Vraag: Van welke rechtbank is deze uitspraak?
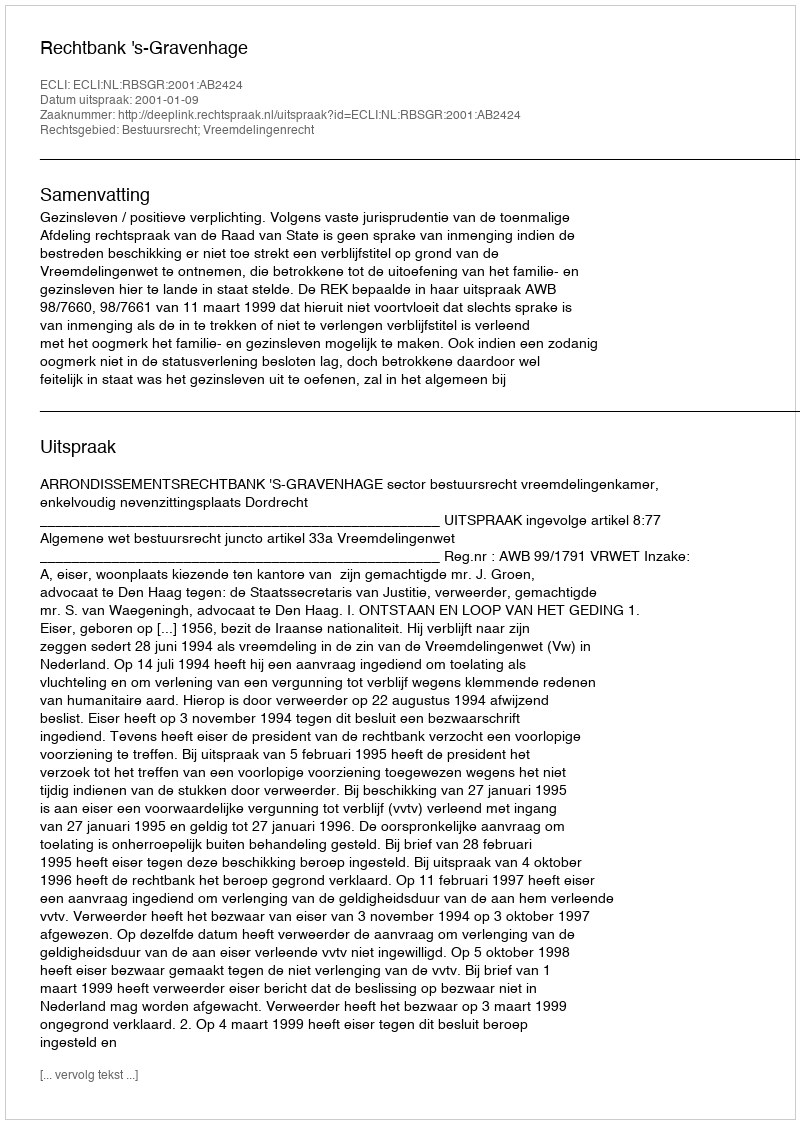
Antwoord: Rechtbank 's-Gravenhage